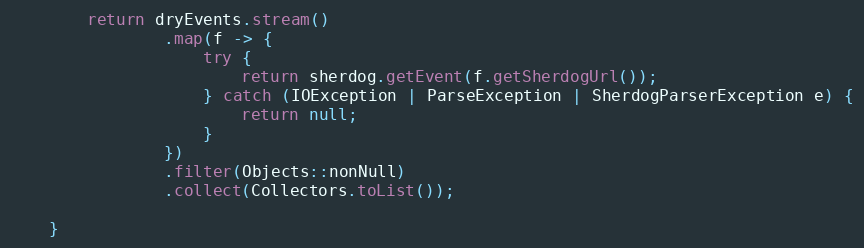
Language: Java
        return dryEvents.stream()
                .map(f -> {
                    try {
                        return sherdog.getEvent(f.getSherdogUrl());
                    } catch (IOException | ParseException | SherdogParserException e) {
                        return null;
                    }
                })
                .filter(Objects::nonNull)
                .collect(Collectors.toList());

    }